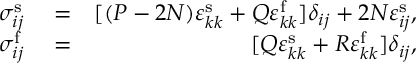
\begin{array} { r l r } { \sigma _ { i j } ^ { \mathrm { s } } } & { { } = } & { [ ( P - 2 N ) \varepsilon _ { k k } ^ { \mathrm { s } } + Q \varepsilon _ { k k } ^ { \mathrm { f } } ] \delta _ { i j } + 2 N \varepsilon _ { i j } ^ { \mathrm { s } } , } \\ { \sigma _ { i j } ^ { \mathrm { f } } } & { { } = } & { [ Q \varepsilon _ { k k } ^ { \mathrm { s } } + R \varepsilon _ { k k } ^ { \mathrm { f } } ] \delta _ { i j } , } \end{array}